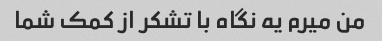
من میرم یه نگاه با تشکر از کمک شما